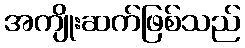
အကျိုးဆက်ဖြစ်သည်